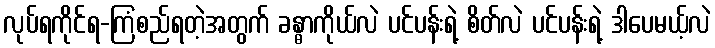
လုပ်ရကိုင်ရ-ကြံစည်ရတဲ့အတွက် ခန္ဓာကိုယ်လဲ ပင်ပန်းရဲ့ စိတ်လဲ ပင်ပန်းရဲ့ ဒါပေမယ့်လဲ